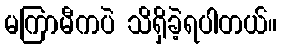
မကြာမီကပဲ သိရှိခဲ့ရပါတယ်။